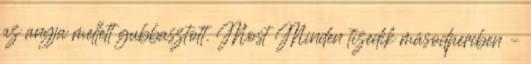
az anyja mellett gubbasztott. Most Minden tizedik másodpercben –